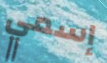
إسمي